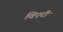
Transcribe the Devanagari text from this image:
विएरी